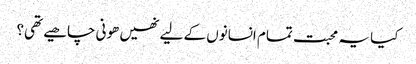
کیا یہ محبت تمام انسانوں کے لیے نھیں ھونی چاھیے تھی؟